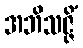
အဘိသဇ္ဇိံ